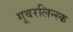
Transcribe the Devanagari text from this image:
गूबरलिन्स्क